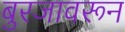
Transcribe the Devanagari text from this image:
बुरजावरून